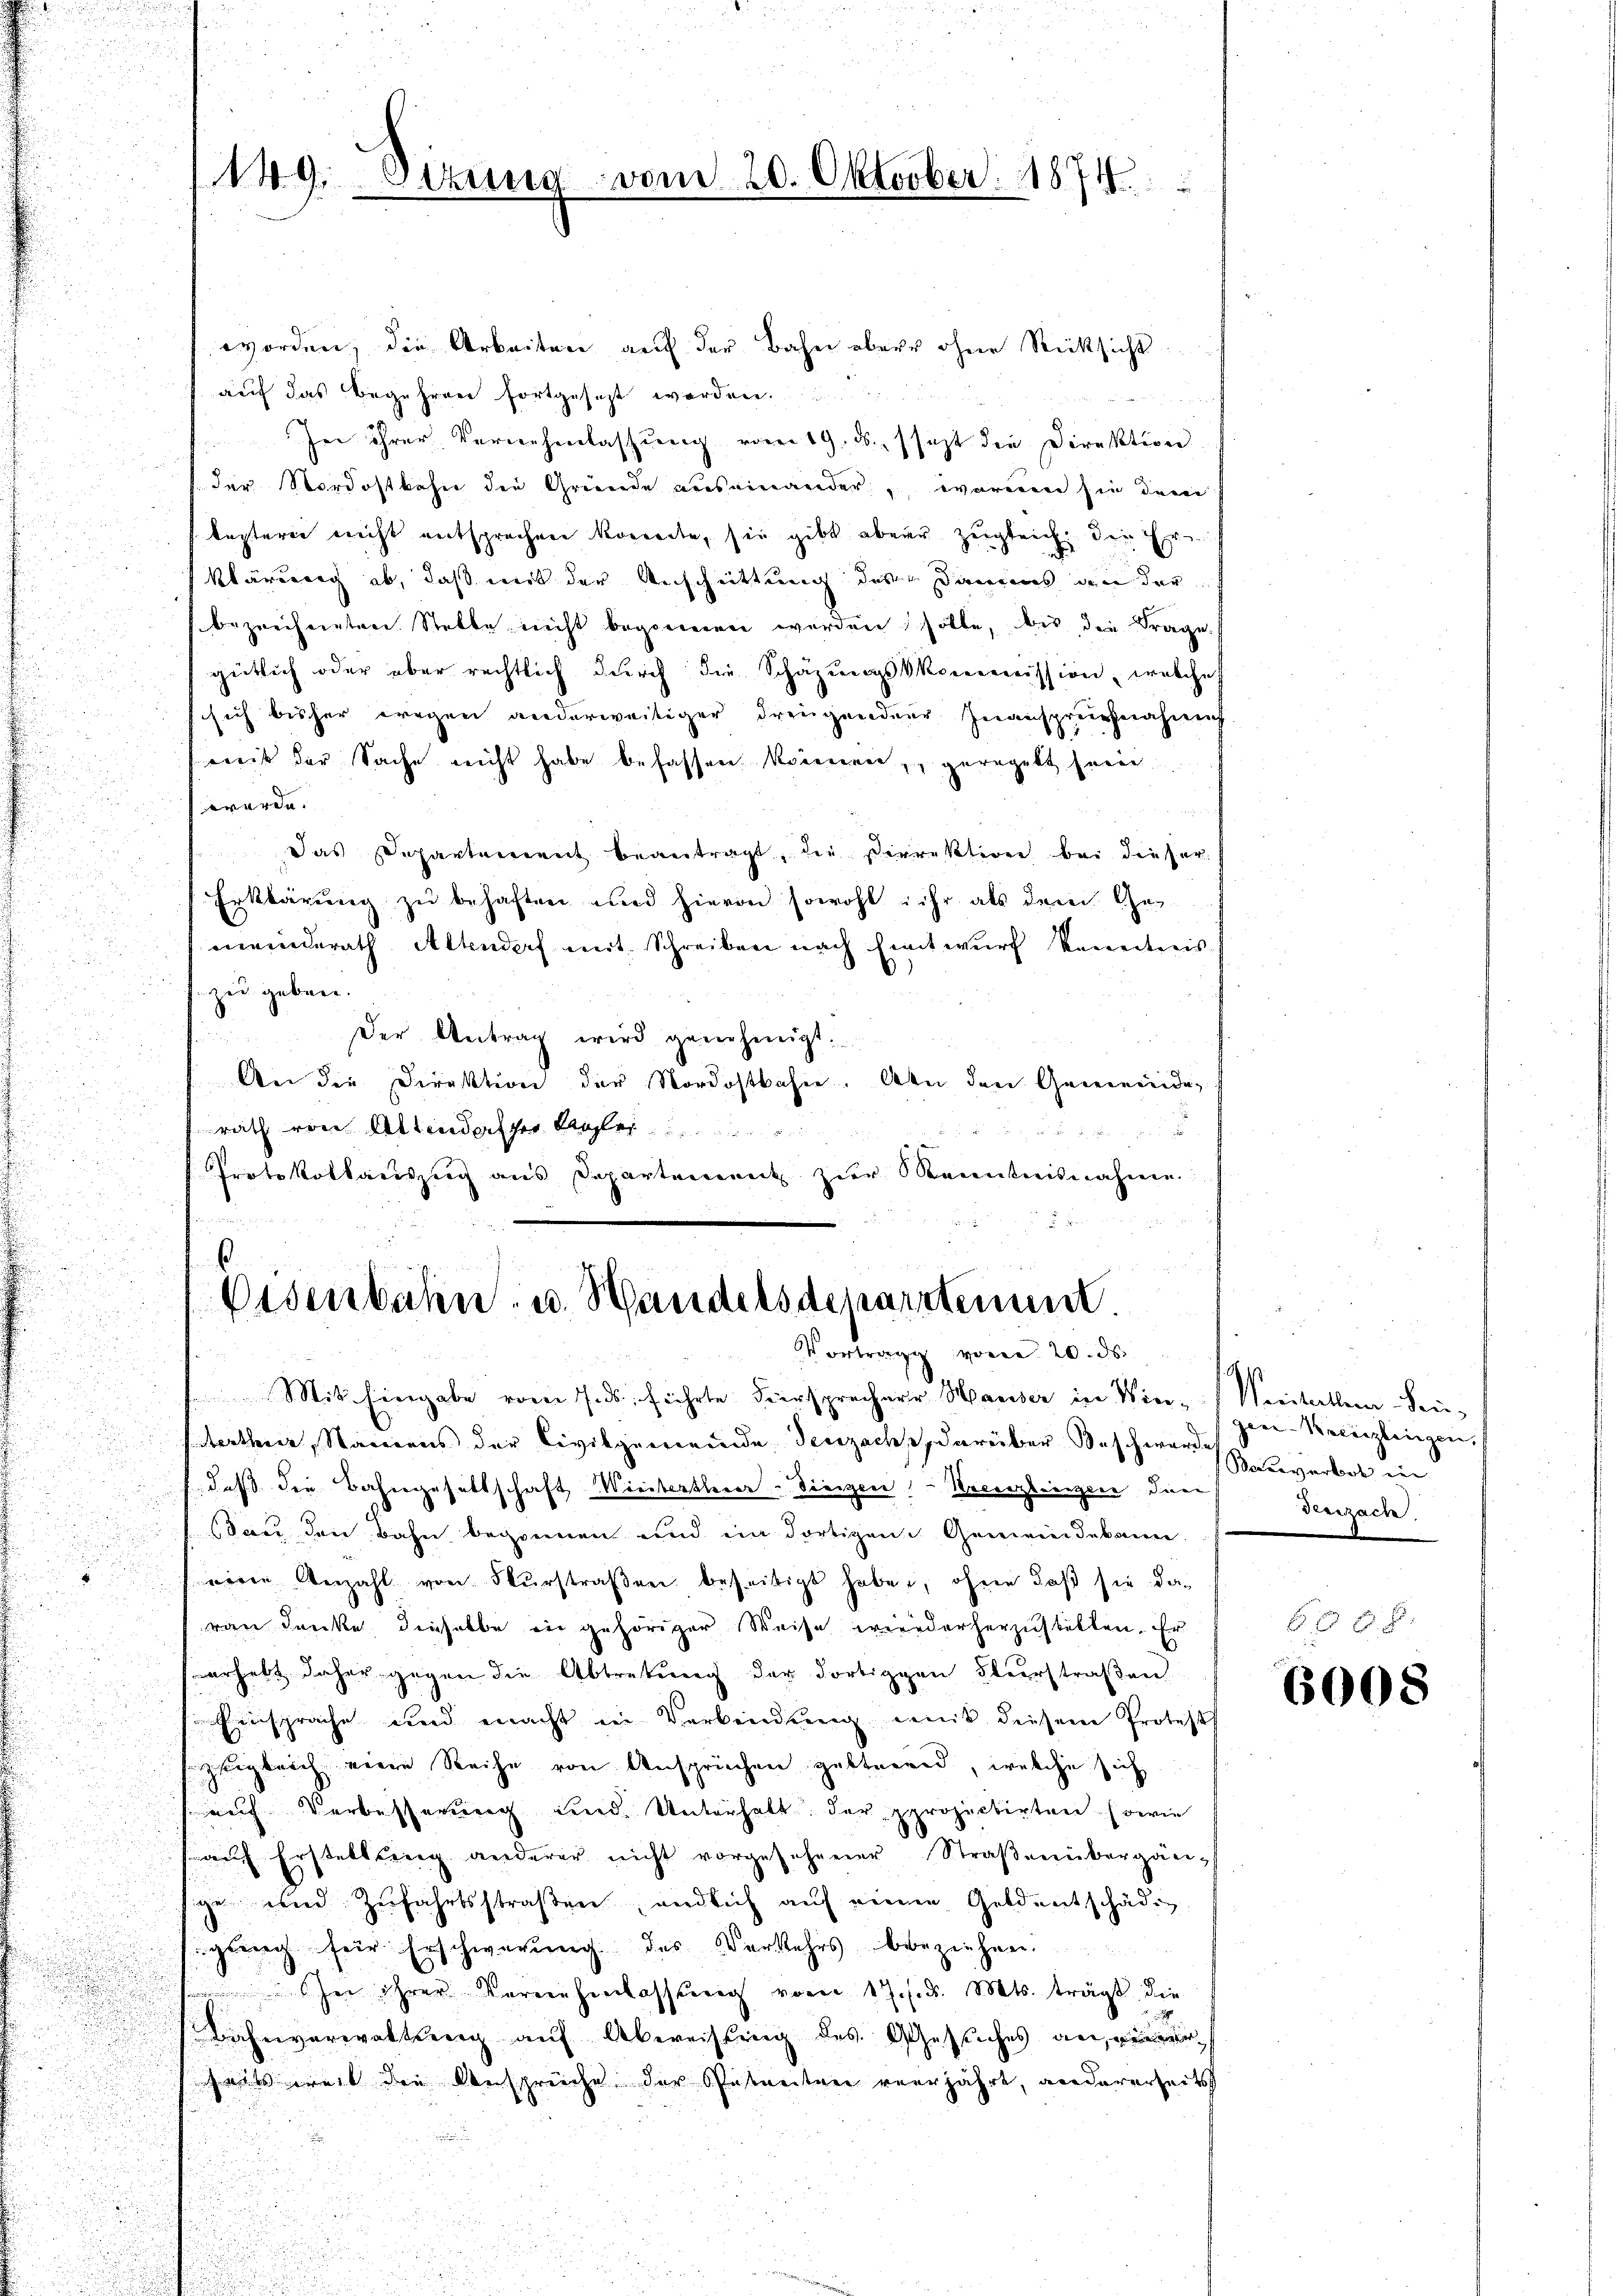
149. Etzung vom 20. Oktober 1874.

worden, die Arbeiten auf der Bahn aber ohne Rücksicht
auf das Begehren fortgesezt werden.
In ihrer Vernehmlassung vom 19. ds. fest die Direktion
der Nordostbahn die Gründe auseinander, vereien sie dem
lezterer nicht entsprechen korrecte, sie gibt aber zugleich die Er-
klärung ab, daß mit der Anschrittung des Damms an der
bezeichneten Stelle nicht begonnen werden solle, das die Frage
gütlich oder aber rechtlich durch die Schazungskommission, welches
schich bisher wegen anderweitiger Freugender Inanspruchnahms
weit der Sache reicht habe befassen können, geregelt sein
werde. |
das Departement beantragt, die dirrektione bei dieser
Erklärung zu behaften und hievon sowohl ihr als dem Gemeinderath Altendorf mit Schreiben nach Entwurf kannteris
zu geben.
Der Antrag wird genehmigt.
An die Direktion der Nordostbahn. An den Gemeinde-
rath von Altendesser Klei
Protokollauszeig aus Departement zur Kenntnisnahme.

.
Eisenbahn- u. Handelsdepartement.
Vortrag von d

Mit Eingabe vom 7. ds. führte Fürsprecherr Hauser in Win-Metallem Sin-
sterthur, Namens der Civilgemeinde Seuzachs, darüber Beschwerde
daß die Bahngesellschaft Wintertherer. Dienen Kreisztienzen den
sau den Bahn begonnen und ein dortigen Gemeindekann.
seine Anzahl von Flurstraßen beseitigt habe, ohne daß sie daran denke, dieselbe in gehöriger Weise wiederherzustellen. Er
erhebt daher gegen die Abtretung der dortiggen Oberstraßen
.
Einsprache und macht in Verbindung mit diesem Protest
zugleich eine Reihe von Ansprüchen gelterend, welche sich
(auf Verbesserung und Unterhalt der projectirten sowie
.
auf Erstellung anderer nicht vorgesehener Straßenübergänsze und Zufahrtsstraßen, endlich auf einen Geldentschädig
gung für Erschwerung des Verkehrs beziehen.
 er ihrer Vernehmlassung vom 17. d. d. Mts. trägt die
Bahnverwaltung auf Abweistung des Gesuches an,
heits weit die Ansprüche der Getreiten verjährt, andererseits

gen Verenzlingen, |
Boerverbot in
Teeuzach.

800. 8.

6008